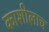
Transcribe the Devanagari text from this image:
काशीलाच